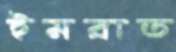
ইমরাত